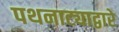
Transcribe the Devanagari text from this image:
पथनाट्याद्वारे